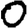
Digit: 0